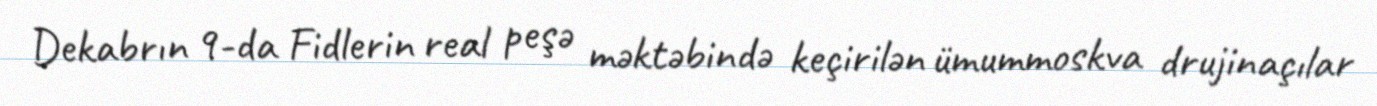
Dekabrın 9-da Fidlerin real peşə məktəbində keçirilən ümummoskva drujinaçılar